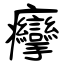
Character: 癴